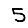
Digit: 5